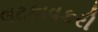
લટકાવકરી